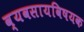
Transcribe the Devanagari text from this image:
व्यवसायविषयक